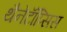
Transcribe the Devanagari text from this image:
थैनेटॉॅप्सिस